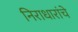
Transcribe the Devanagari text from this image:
निराधारांचे